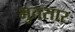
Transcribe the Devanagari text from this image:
भुतसार